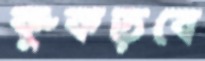
কুঁকড়বে